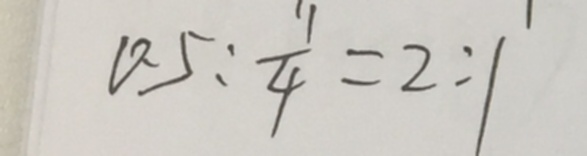
0 . 5 : \frac { 1 1 } { 4 } = 2 : 1